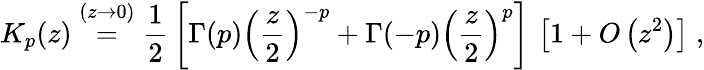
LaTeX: K_{p}(z)\stackrel{(z\rightarrow 0)}{=}\frac{1}{2}\, \left[\Gamma(p)\left(\frac{z}{2}\right)^{-p}+\Gamma(-p)\left(\frac{z}{2}\right)^{p}\right]\, \left[1+O\left(z^{2}\right)\right]\; ,